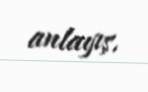
anlayış.